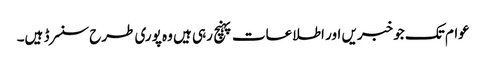
عوام تک جو خبریں اور اطلاعات پہنچ رہی ہیں وہ پوری طرح سنسرڈ ہیں۔